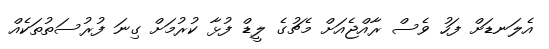
އެލަނޑަށް ފަހު ވެސް ރާއްޖެއަށް މެޗުގެ ލީޑް ފުޅާ ކުރުމަށް ގިނަ ފުރުސަތުތަކެއް